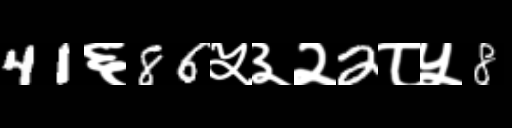
Text: 41६86५३२2८५8